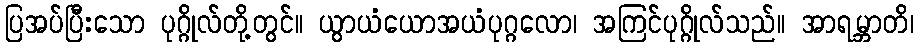
ပြအပ်ပြီးသော ပုဂ္ဂိုလ်တို့တွင်။ ယွာယံယောအယံပုဂ္ဂလော၊ အကြင်ပုဂ္ဂိုလ်သည်။ အာရမ္ဘာတိ၊